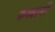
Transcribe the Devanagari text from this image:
कब्बानी